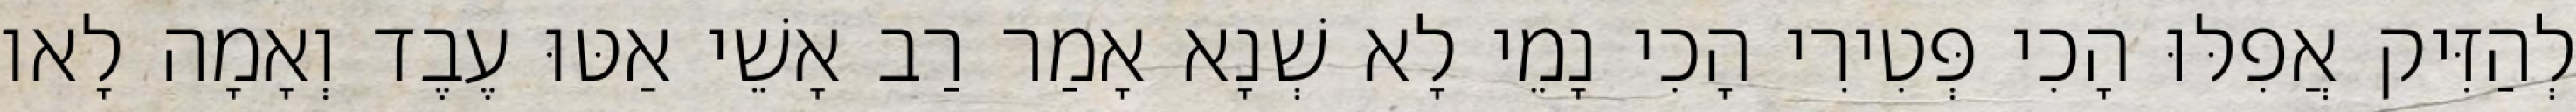
לְהַזִּיק אֲפִלּוּ הָכִי פְּטִירִי הָכִי נָמֵי לָא שְׁנָא אָמַר רַב אָשֵׁי אַטּוּ עֶבֶד וְאָמָה לָאו